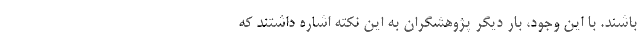
باشند. با این وجود، بار دیگر پژوهشگران به این نکته اشاره داشتند که